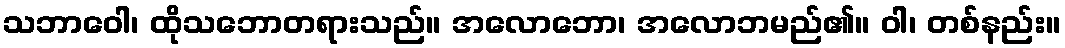
သဘာဝေါ၊ ထိုသဘောတရားသည်။ အလောဘော၊ အလောဘမည်၏။ ဝါ၊ တစ်နည်း။